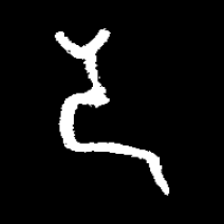
Pyu character \u2014 Myanmar letter: ဒ (romanized: da)